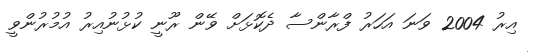
އިރު 2004 ވަނަ އަހަރު ފްރާންސާ ދެކޮޅަށް ވޭން ރޫނީ ކުޅުނުއިރު އުމުރުންވީ